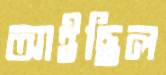
আইছিল